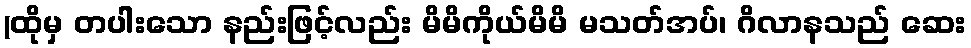
(ထိုမှ တပါးသော နည်းဖြင့်လည်း မိမိကိုယ်မိမိ မသတ်အပ်၊ ဂိလာနသည် ဆေး